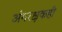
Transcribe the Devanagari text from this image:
अंगरक्षकही